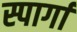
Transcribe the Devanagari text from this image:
स्पार्गा